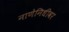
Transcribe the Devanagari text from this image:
नाणेनिधीवर